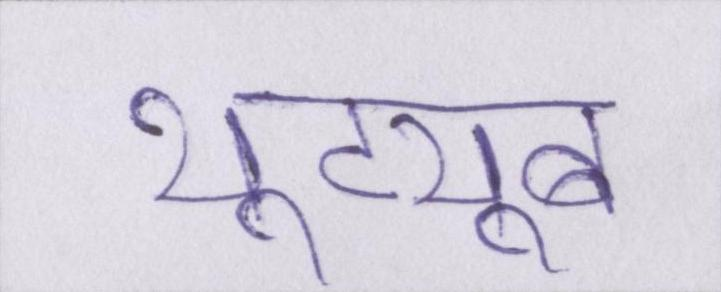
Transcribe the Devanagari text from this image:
यूट्यूब